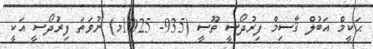
ޙަކީމް އަބުލް ޤާސިމް ފިރުދޯސީ ތޫސީ (935- 1025މ) ނުވަތަ ފިރުދޯސީ އަކީ